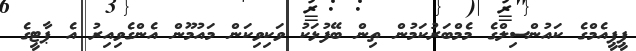
ޕީޕީއެމްގެ ކައުންސިލްގެ މެމްބަރުކަމުން ތިން ބޭފުޅަކު ވަކިވިކަން މައުމޫން އެންގެވިއިރު އެ ޕާޓީގެ